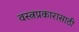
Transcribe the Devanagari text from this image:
वस्त्रप्रकारासाठी